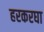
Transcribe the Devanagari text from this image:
हरकरघा